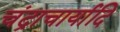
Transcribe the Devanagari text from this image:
चंद्राचार्यादि